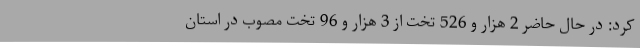
کرد: در حال حاضر 2 هزار و 526 تخت از 3 هزار و 96 تخت مصوب در استان